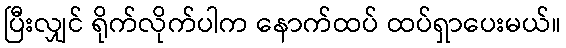
ပြီးလျှင် ရိုက်လိုက်ပါက နောက်ထပ် ထပ်ရှာပေးမယ်။